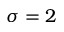
\sigma = 2